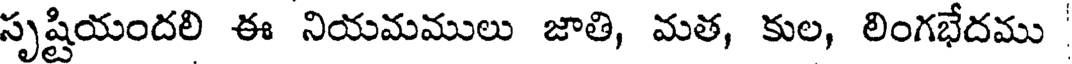
సృష్టియందలి ఈ నియమములు జాతి, మత, కుల, లింగభేదము